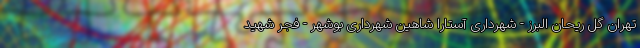
تهران گل ریحان البرز - شهرداری آستارا شاهین شهرداری بوشهر - فجر شهید